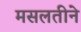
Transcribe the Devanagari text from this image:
मसलतीने